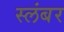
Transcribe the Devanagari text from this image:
स्लंबर